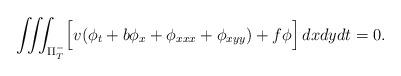
LaTeX: \begin{align*}\iiint_{\Pi_T^-}\Bigl[v(\phi_t+b\phi_x+\phi_{xxx}+\phi_{xyy}) +f\phi\Bigr]\,dxdydt =0.\end{align*}